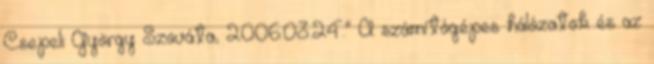
Csepeli György Szováta, 2006.03.24." A számítógépes hálózatok és az